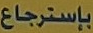
بإسترجاع